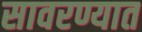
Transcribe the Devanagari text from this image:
सावरण्यात